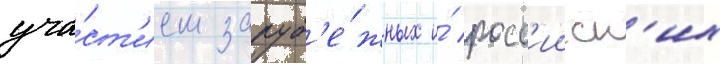
уча́ст'ием заруб'е́жных и́ росс'ииск'их